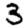
Digit: 3